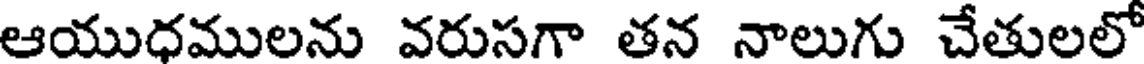
ఆయుధములను వరుసగా తన నాలుగు చేతులలో